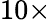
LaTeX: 10\times